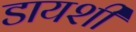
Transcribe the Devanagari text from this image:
डायशी